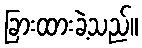
ခြားထားခဲ့သည်။